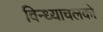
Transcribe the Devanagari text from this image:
विन्ध्याचलको